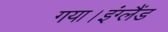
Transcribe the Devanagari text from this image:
गया।इंग्लैंड